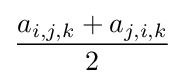
{\frac {a_{i,j,k}+a_{j,i,k}}{2}}